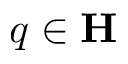
q \in \bf H